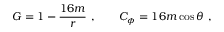
G = 1 - { \frac { 1 6 m } { r } } \ , \qquad C _ { \phi } = 1 6 m \cos \theta \ ,